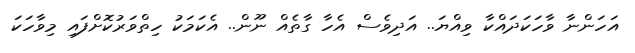
އަހަންނާ ވާހަކަދައްކާ ވިއްޔަ.. އަދިވެސް އެހާ ގާތެއް ނޫން.. އެކަމަކު ހިތްވަރުކޮށްފައި މިވާހަކަ